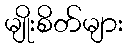
မျိုးစိတ်များ